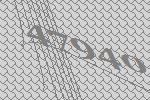
47940